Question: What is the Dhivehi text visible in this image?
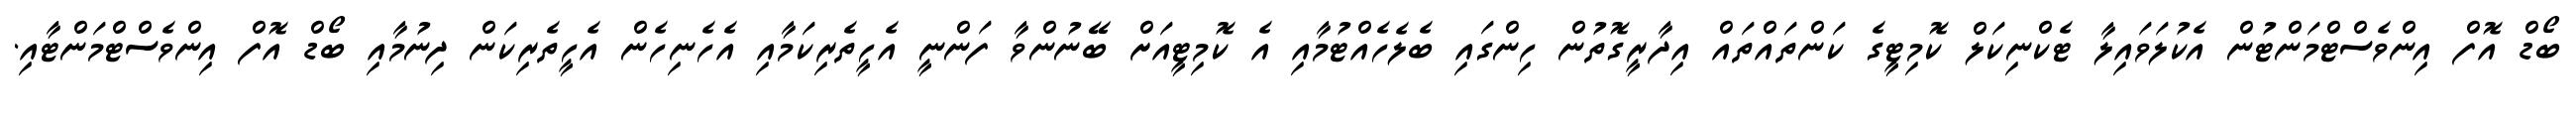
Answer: ބޯޑް އޮފް އިންވެސްޓްމަންޓުން އެކުލަވައިލާ ޓެކްނިކަލް ކޮމިޓީގެ ކަންތައްތައް އިދާރީގޮތުން ހިންގައި ބެލެހެއްޓުމާއި އެ ކޮމިޓީއަށް ބޭނުންވާ ފަންނީ އެހީތެރިކަމާއި އެހެނިހެން އެހީތެރިކަން ދިނުމާއި ބޯޑް އޮފް އިންވެސްޓްމަންޓާއި.